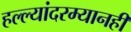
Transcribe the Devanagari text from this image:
हल्ल्यांदरम्यानही